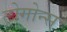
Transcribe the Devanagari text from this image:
ट्रोगोन्स